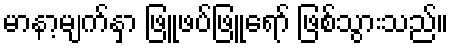
မာနာ့မျက်နှာ ဖြူဖပ်ဖြူရော် ဖြစ်သွားသည်။